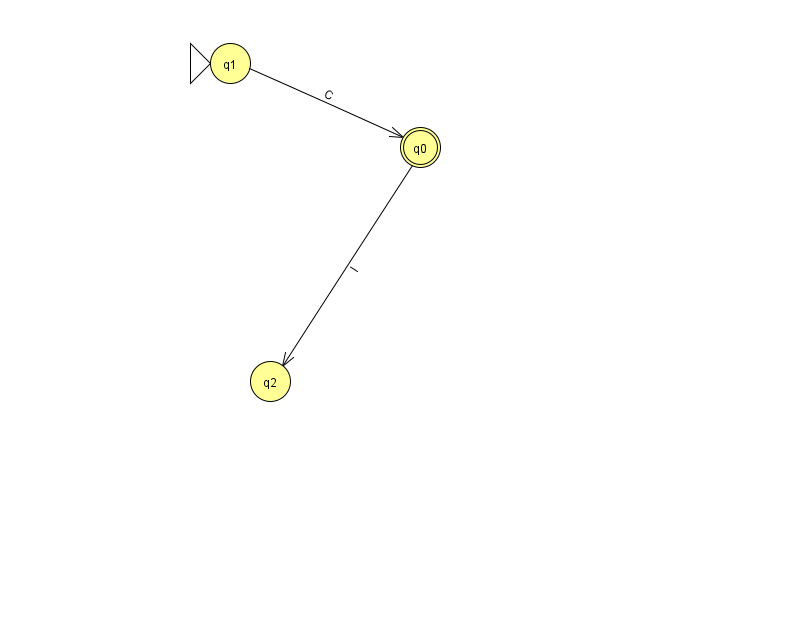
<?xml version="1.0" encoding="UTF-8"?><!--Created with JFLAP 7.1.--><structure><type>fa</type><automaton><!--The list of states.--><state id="0" name="q0"><x>420.0</x><y>134.0</y><final/></state><state id="1" name="q1"><x>230.0</x><y>50.0</y><initial/></state><state id="2" name="q2"><x>270.0</x><y>368.0</y></state><!--The list of transitions.--><transition><from>1</from><to>0</to><read>C</read></transition><transition><from>0</from><to>2</to><read>l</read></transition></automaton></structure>